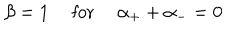
LaTeX: \beta = 1 \quad \mathrm { ~ f o r ~ } \quad \alpha _ { + } + \alpha _ { - } = 0